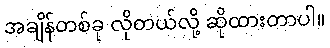
အချိန်တစ်ခု လိုတယ်လို့ ဆိုထားတာပါ။